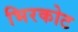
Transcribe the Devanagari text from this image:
भिरकोट